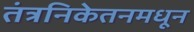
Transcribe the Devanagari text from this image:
तंत्रनिकेतनमधून